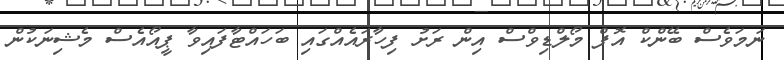
ނަމަވެސް ބޭންކް އޮފް މޯލްޑިވްސް އިން ރަށު ފިހާރައެއްގައި ބަހައްޓާފައިވާ ޕީއޯއެސް މެޝިނަކުން